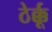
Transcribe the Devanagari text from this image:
ठेर्क्कू